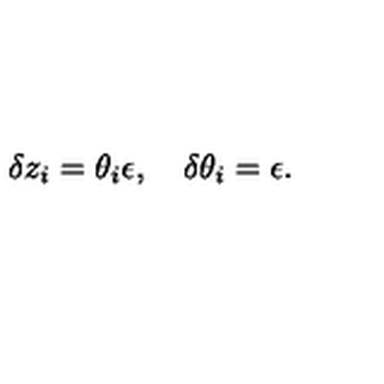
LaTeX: \delta z _ { i } = \theta _ { i } \epsilon , \quad \delta \theta _ { i } = \epsilon .